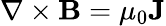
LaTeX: \nabla\times\mathbf{B}=\mu_{0}\mathbf{J}